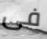
فى